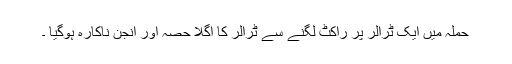
حملہ میں ایک ٹرالر پر راکٹ لگنے سے ٹرالر کا اگلا حصہ اور انجن ناکارہ ہوگیا ۔